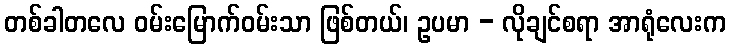
တစ်ခါတလေ ဝမ်းမြောက်ဝမ်းသာ ဖြစ်တယ်၊ ဥပမာ - လိုချင်စရာ အာရုံလေးက